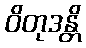
ဝိတုဒန္တိ